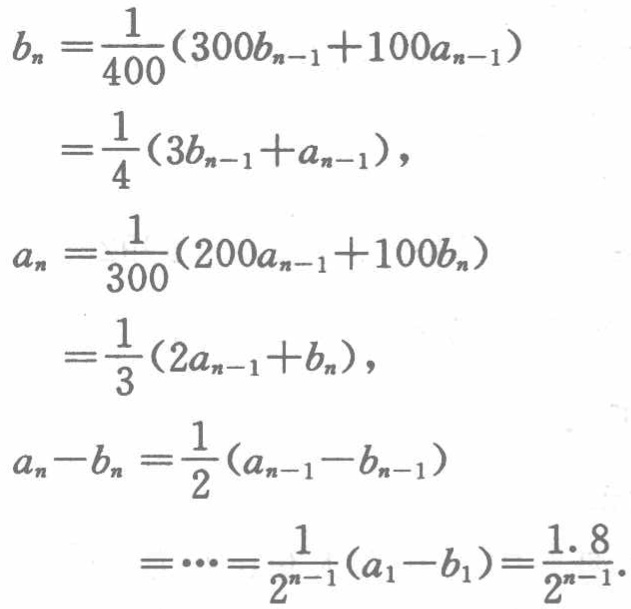
\[

\begin{align*}

b_{n}&=\frac{1}{400}(300b_{n - 1}+100a_{n - 1})\\

&=\frac{1}{4}(3b_{n - 1}+a_{n - 1}),\\

a_{n}&=\frac{1}{300}(200a_{n - 1}+100b_{n})\\

&=\frac{1}{3}(2a_{n - 1}+b_{n}),\\

a_{n}-b_{n}&=\frac{1}{2}(a_{n - 1}-b_{n - 1})\\

&=\cdots=\frac{1}{2^{n - 1}}(a_{1}-b_{1})=\frac{1.8}{2^{n - 1}}.

\end{align*}

\]